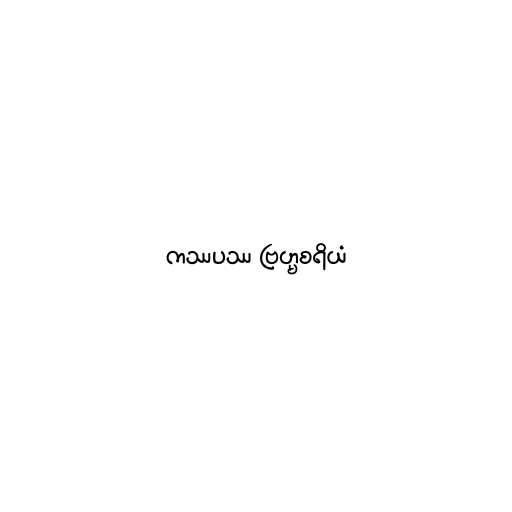
ကဿပဿ ဗြဟ္မစရိယံ